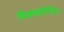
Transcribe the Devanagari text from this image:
नैककोशिन